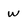
Character: W